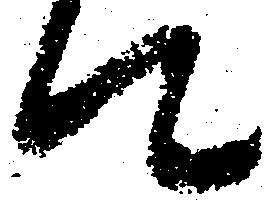
て